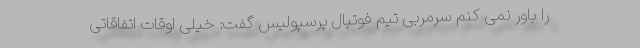
را باور نمی کنم سرمربی تیم فوتبال پرسپولیس گفت: خیلی اوقات اتفاقاتی